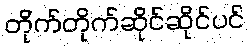
တိုက်တိုက်ဆိုင်ဆိုင်ပင်